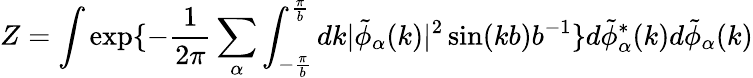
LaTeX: Z=\int\exp\{ -\frac{1}{2\pi}\sum_{\alpha}\int_{-\frac{\pi}{b}}^{\frac{\pi}{b}}dk|\tilde{\phi}_{\alpha}(k)|^{2}\sin(kb)b^{-1}\} d\tilde{\phi}_{\alpha}^{*}(k)d\tilde{\phi}_{\alpha}(k)